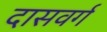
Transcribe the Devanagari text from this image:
दासवर्ग